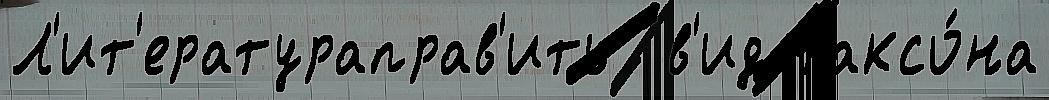
Л'ит'ератураправ'ить  в'ид таксо́на